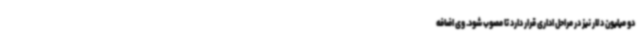
دو میلیون دلار نیز در مراحل اداری قرار دارد تا مصوب شود. وی اضافه